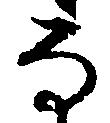
な